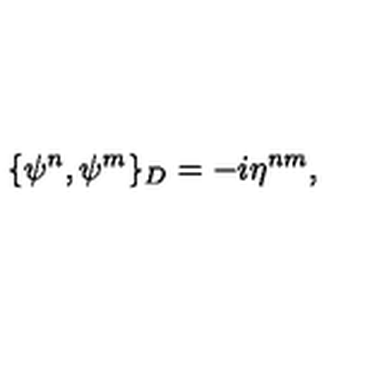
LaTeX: \{ \psi ^ { n } , \psi ^ { m } \} _ { D } = - i \eta ^ { n m } ,